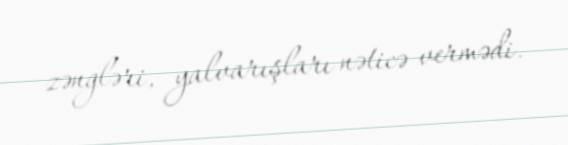
zəngləri, yalvarışları nəticə vermədi.